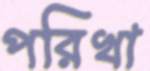
পরিখা